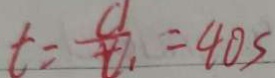
t = \frac { C _ { 1 } } { t _ { 1 } } = 4 0 s